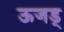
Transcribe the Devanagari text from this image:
ऊजड्